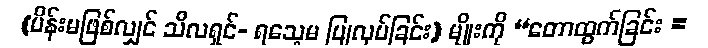
(မိန်းမဖြစ်လျှင် သီလရှင်- ရသေ့မ ပြုလုပ်ခြင်း) မျိုးကို “တောထွက်ခြင်း =